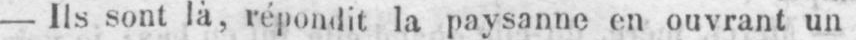
- Ils sont là, répondit la paysanne en ouvrant un